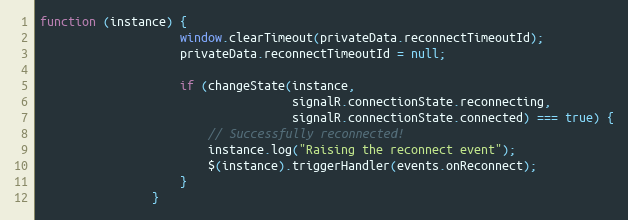
Language: JavaScript
function (instance) {
                    window.clearTimeout(privateData.reconnectTimeoutId);
                    privateData.reconnectTimeoutId = null;

                    if (changeState(instance,
                                    signalR.connectionState.reconnecting,
                                    signalR.connectionState.connected) === true) {
                        // Successfully reconnected!
                        instance.log("Raising the reconnect event");
                        $(instance).triggerHandler(events.onReconnect);
                    }
                }